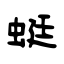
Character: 蜓